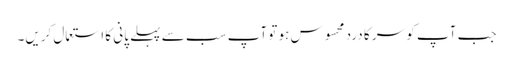
جب آپ کو سر کا درد محسوس ہو تو آپ سب سے پہلے پانی کا استعمال کریں۔